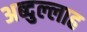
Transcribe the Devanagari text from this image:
अब्‍दुल्‍लाह